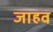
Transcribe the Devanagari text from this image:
जाहव